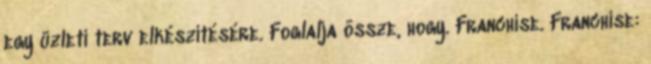
egy üzleti terv elkészítésére. Foglalja össze, hogy. Franchise. Franchise: